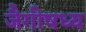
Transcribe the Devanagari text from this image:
जैगीषध्य